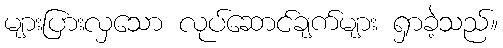
များပြားလှသော လုပ်ဆောင်ချက်များ ရှာခဲ့သည်။